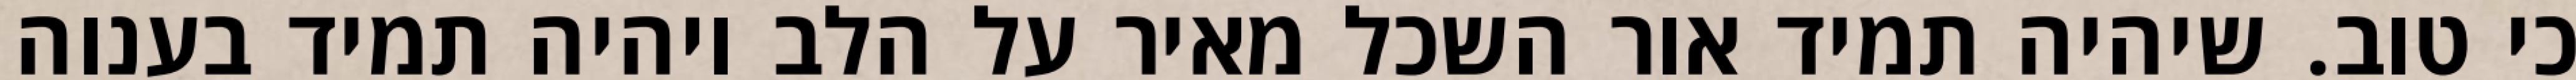
כי טוב. שיהיה תמיד אור השכל מאיר על הלב ויהיה תמיד בענוה